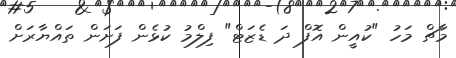
މާޗް މަހު "ކުއީން އޮފް ދަ ޑެޒަޓް" ފިލްމު ކުޅެން ފަށަން ތައްޔާރަށް